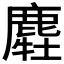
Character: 𪋂